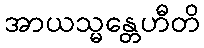
အာယသ္မန္တေဟီတိ